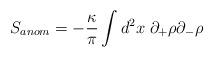
LaTeX: \begin{align*}S_{anom}=-\frac{\kappa}{\pi}\int d^{2}x \; \partial_{+}\rho \partial_{-}\rho\end{align*}